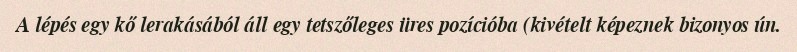
A lépés egy kő lerakásából áll egy tetszőleges üres pozícióba (kivételt képeznek bizonyos ún.